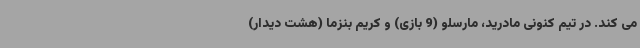
می کند. در تیم کنونی مادرید، مارسلو (9 بازی) و کریم بنزما (هشت دیدار)